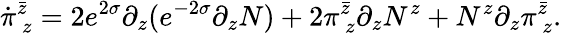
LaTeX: \dot{\pi}_{~z}^{\bar{z}}=2e^{2\sigma}\partial_{z}(e^{-2\sigma}\partial_{z}N)+2\pi_{~z}^{\bar{z}}\partial_{z}N^{z}+N^{z}\partial_{z}\pi_{~z}^{\bar{z}}.